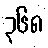
၃၆၈